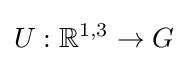
U:\mathbb {R} ^{1,3}\rightarrow G